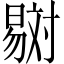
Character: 𣋇